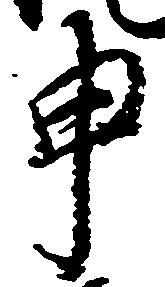
申